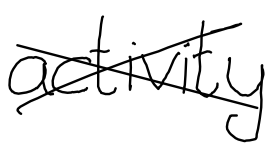
Text: activity
Cross-out: cross
Writing tool: digital_black